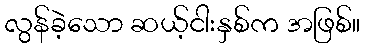
လွန်ခဲ့သော ဆယ့်ငါးနှစ်က အဖြစ်။